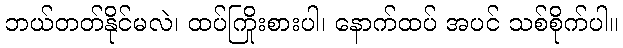
ဘယ်တတ်နိုင်မလဲ၊ ထပ်ကြိုးစားပါ၊ နောက်ထပ် အပင် သစ်စိုက်ပါ။